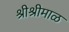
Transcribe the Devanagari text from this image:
श्रीश्रीमाळ